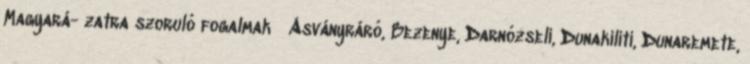
Magyará- zatra szoruló fogalmak ▪Ásványráró, Bezenye, Darnózseli, Dunakiliti, Dunaremete,